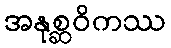
အနုစ္ဆဝိကဿ